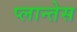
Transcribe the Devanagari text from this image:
प्लान्तेस